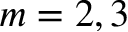
m = 2 , 3